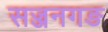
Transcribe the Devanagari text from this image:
सज्जनगङ